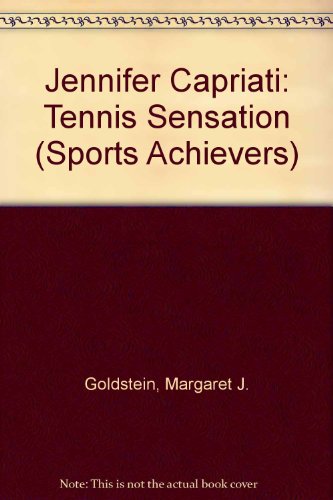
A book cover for Jennifer Capriati: Tennis Sensation (Achievers); Margaret J. Goldstein; Children's Books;